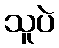
သူပဲ